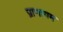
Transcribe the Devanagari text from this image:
प्राणायम